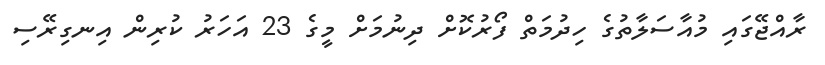
ރާއްޖޭގައި މުއާސަލާތުގެ ހިދުމަތް ފޯރުކޮށް ދިނުމަށް މީގެ 23 އަހަރު ކުރިން އިނގިރޭސި